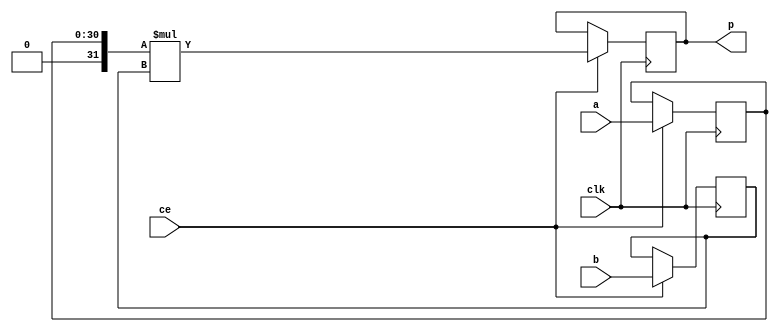
module sparse_mm_mul_31ns_32s_32_3_Mul3S_1(clk, ce, a, b, p);
input clk;
input ce;
input[31 - 1 : 0] a; 
input[32 - 1 : 0] b; 
output[32 - 1 : 0] p;
reg [31 - 1 : 0] a_reg0;
reg signed [32 - 1 : 0] b_reg0;
wire signed [32 - 1 : 0] tmp_product;
reg signed [32 - 1 : 0] buff0;
assign p = buff0;
assign tmp_product = $signed({1'b0, a_reg0}) * b_reg0;
always @ (posedge clk) begin
    if (ce) begin
        a_reg0 <= a;
        b_reg0 <= b;
        buff0 <= tmp_product;
    end
end
endmodule